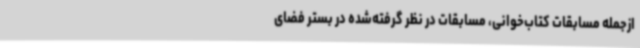
ازجمله مسابقات کتاب‌خوانی، مسابقات در نظر گرفته‌شده در بستر فضای